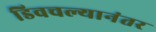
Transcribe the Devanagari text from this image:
डिवचल्यानंतर